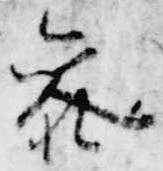
参